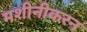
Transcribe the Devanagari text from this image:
मशीनीकरन